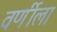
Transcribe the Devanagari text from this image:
वर्णीला